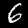
Digit: 6